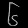
Digit: ၆